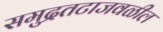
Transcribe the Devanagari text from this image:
समुद्रतटाजवळील